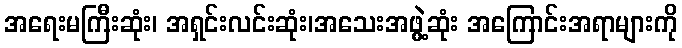
အရေးမကြီးဆုံး၊ အရှင်းလင်းဆုံး၊အသေးအဖွဲ့ဆုံး အကြောင်းအရာများကို